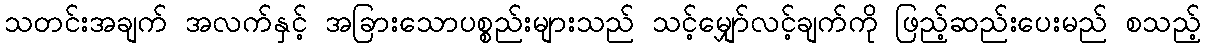
သတင်းအချက် အလက်နှင့် အခြားသောပစ္စည်းများသည် သင့်မျှော်လင့်ချက်ကို ဖြည့်ဆည်းပေးမည် စသည့်